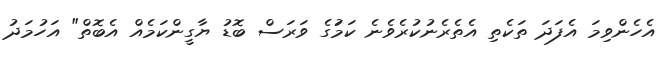
އެހެންވިމަ އެފަދަ ތަކެތި އެތެރެނުކުރެވެނެ ކަމަުގެ ވަރަސް ބޮޑު ޔާގީންކަމެއް އެބޮތް" އަހުމަދު